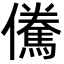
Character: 儯